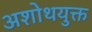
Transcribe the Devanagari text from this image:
अशोथयुक्त